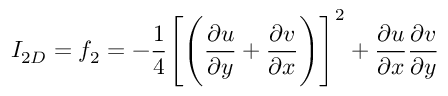
I _ { 2 D } = f _ { 2 } = - \frac { 1 } { 4 } \Bigg [ \Bigg ( \frac { \partial u } { \partial y } + \frac { \partial v } { \partial x } \Bigg ) \Bigg ] ^ { 2 } + \frac { \partial u } { \partial x } \frac { \partial v } { \partial y }